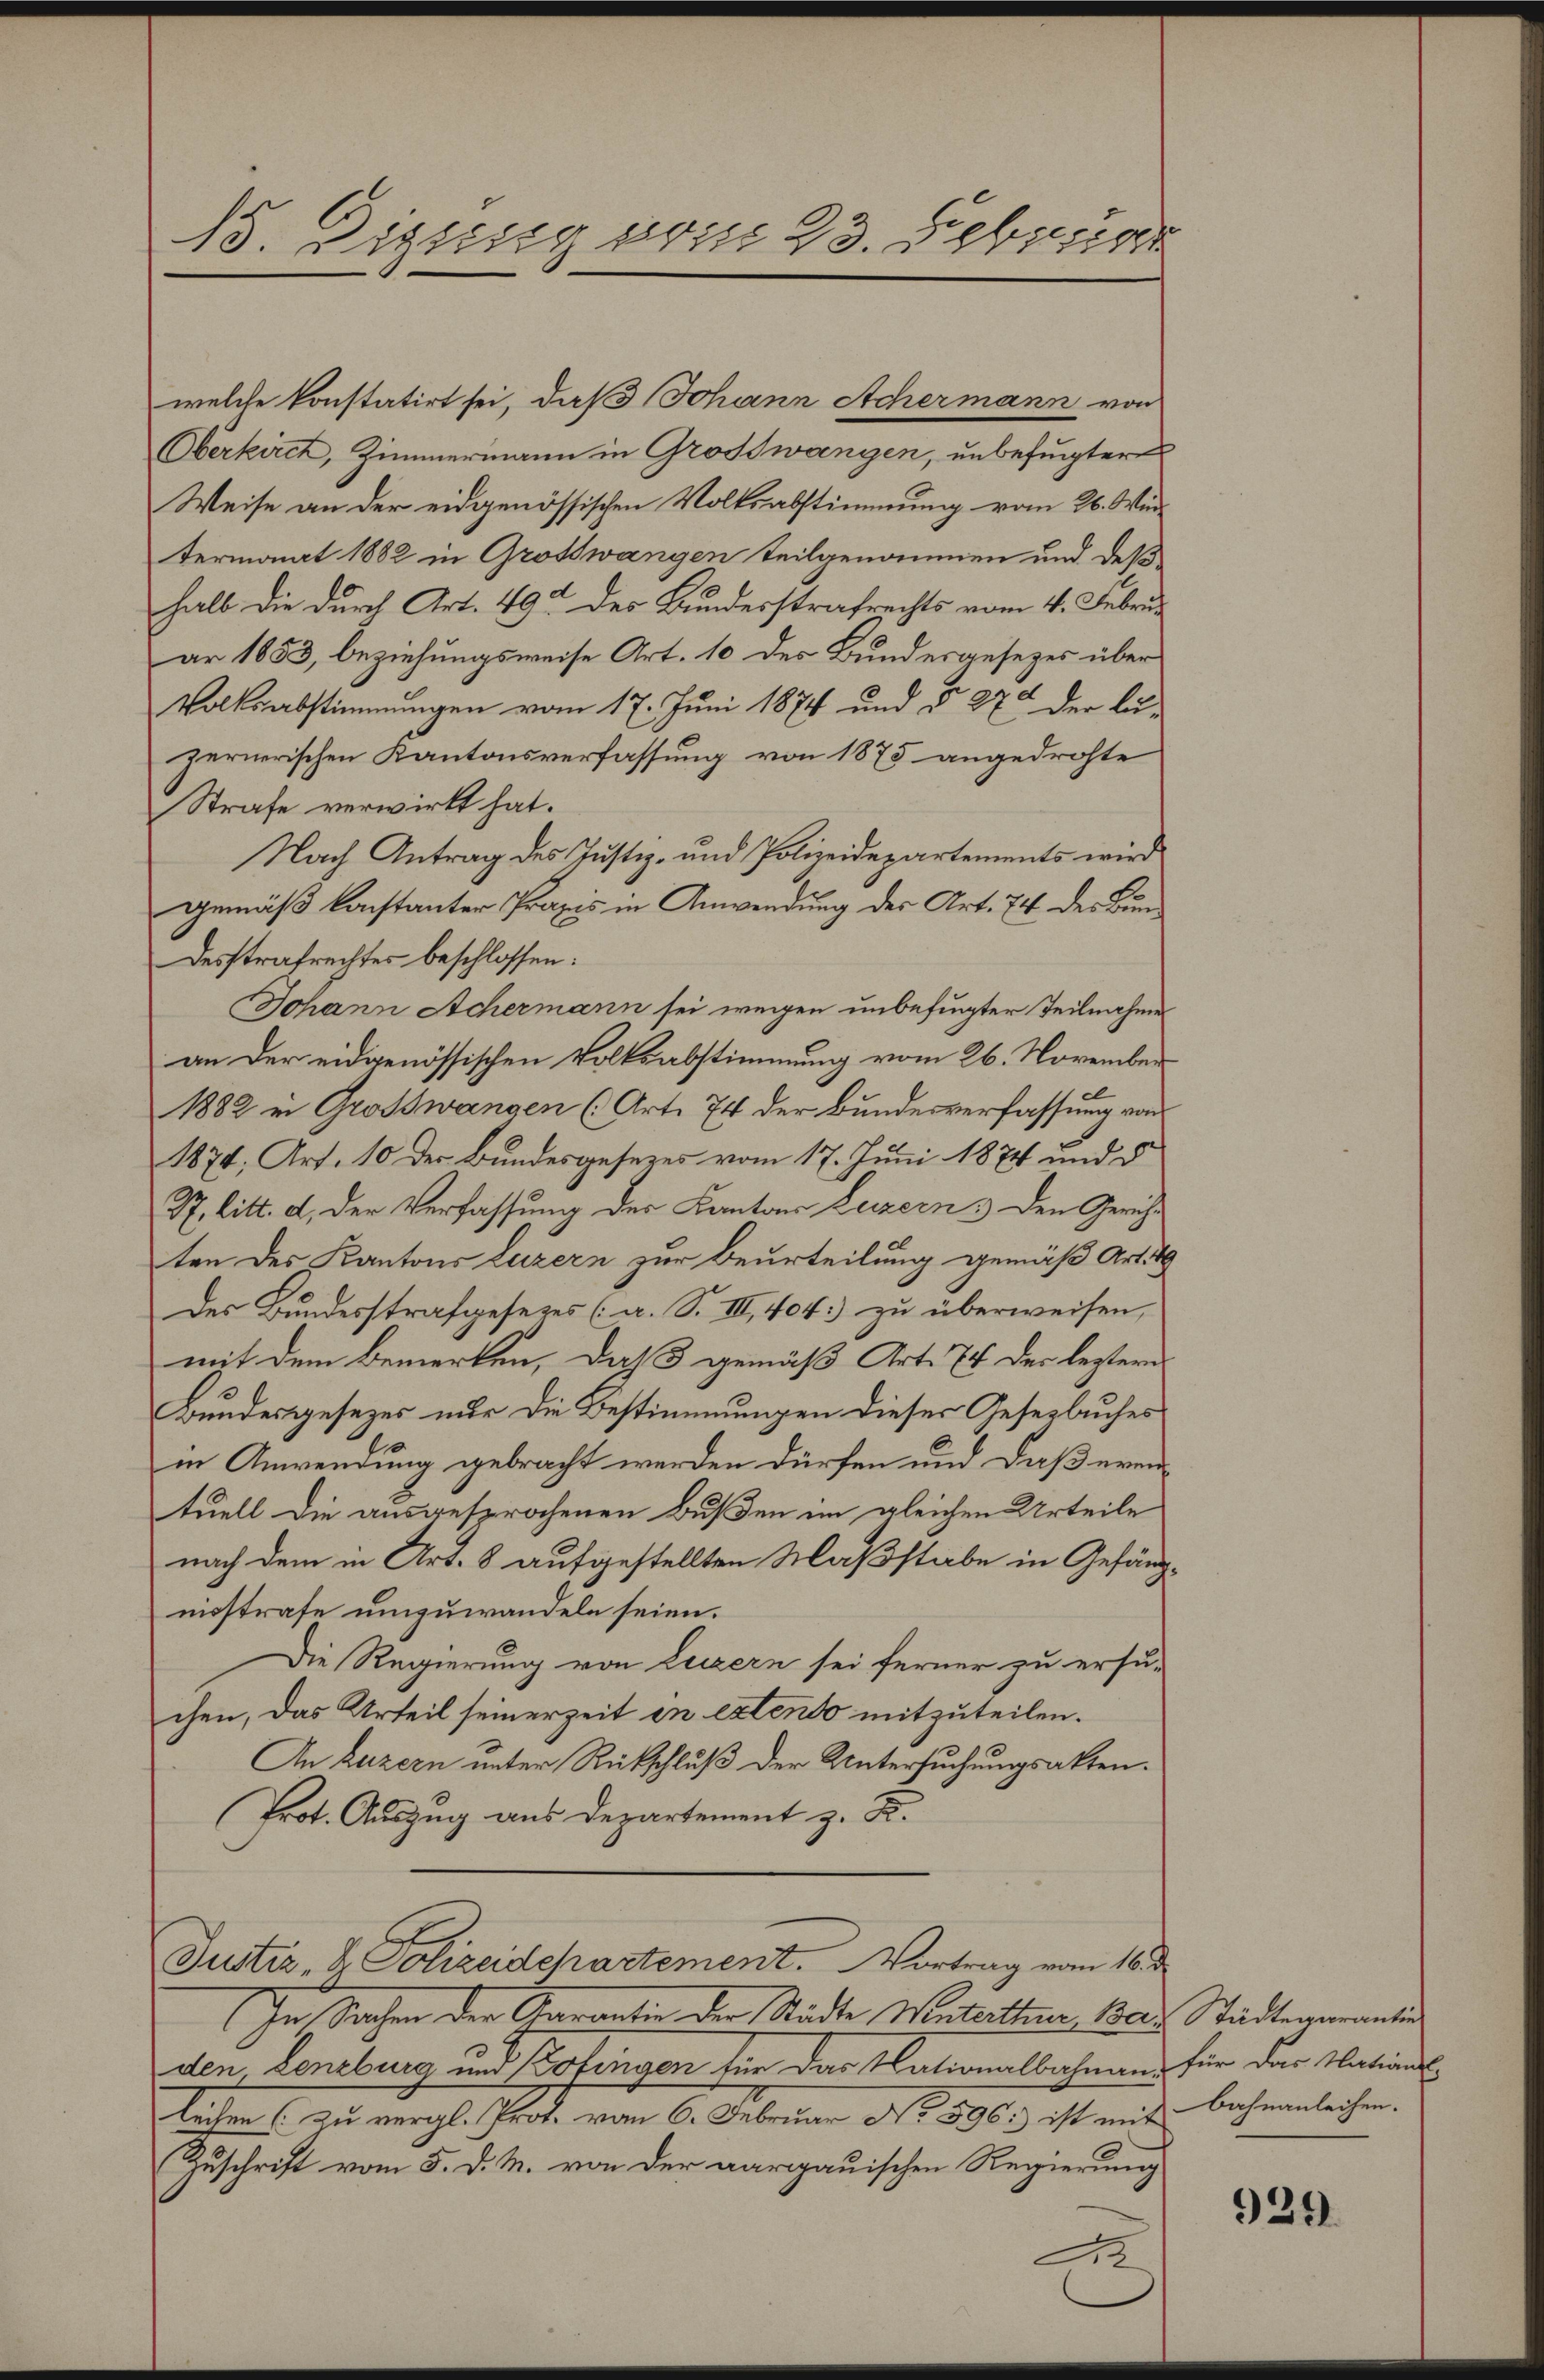
18. Diesig vom 23. Februar

welche konstatirt sei, daß Johann Achermann von
Oberkirch, Zimmermann in Großswangen, unbefugter
Weise an der eidgenössischen Volksabstimmung vom 26. Wir
termonat 1882 in Grottwangen Teilgenommen und deß
halb die durch Art. 492 des Bundesstrafrechts vom 4. Februar 1853, beziehungsweise Art. 10 des Bundesgesezes über
Volksabstimmungen vom 17. Juni 1874 und § 27 der lä-
zernerischen Kantonsverfassung von 1875 angedrohte
Strafe verwirkt hat.
Nach Antrag des Justiz- und Polizeidepartements wird
gemäß konstanter Praxis in Anwendung des Art. 74 des Bundesstrafrechtes beschlossen:
Johann Achermann sei wegen unbefugter Teilnahme
an der eidgenössischen Volksabstimmung vom 26. November
1882 in Großswangen (Art. 74 der Bundesverfassung von
1874, Art. 10 der Bundesgesezes vom 17. Juni 1874 und d
S7. litt. d, der Verfassung der Kantons Luzern & den Gerichten des Kantons Luzern zur Beurteilung gemäß Art. 19
Der Bundesstrafgesezes (a. S. III, 404. zu überweisen,
mit dem Bemerken, daß gemäß Art. 74 der leztern
Bundesgesezes nur die Bestimmungen dieser Gesetzbuches
in Anwendung gebracht werden dürfen und daß eventuell die ausgesprochenen Bußen im gleichen Urteile
nach dem in Art. 8 aufgestellten Maßstabe in Gefängnisstrafe umzuwandeln seien.
Die Regierung von Luzern sei ferner zu ersu-
chen, das Urteil seinerzeit in extendo mitzuteilen.
An Luzern unter Rückschluß der Untersuchungsakten.
Prot. Auszug aus Departement z. B.
Justiz, 2 Polizeidchartement. Vortrag vom 16. d.
In Sachen der Karantie der Städte Winterther 180. Städtenerantin
den Lenzburg und Kofingen für das Nationalbahnen für der Nationsleihen (zu vergl. Prot. vom 6. Februar No 596. ist mit Bahnanleihen.
Zuschrift vom 5. d. M. von der aargauischen Regierung
A

929